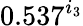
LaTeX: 0.537^{i_{3}}